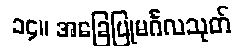
၁၄။ အခြေပြုမင်္ဂလသုတ်